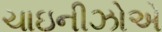
ચાઇનીઝોએ